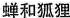
蝉和狐狸